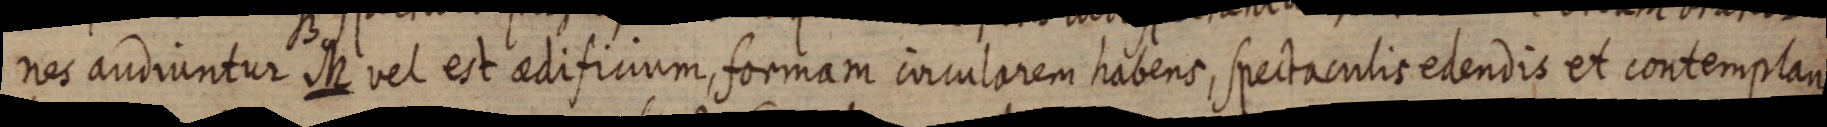
nes audiuntur M vel est aedificium, formam circularem habens, spectaculis edendis et contemplan